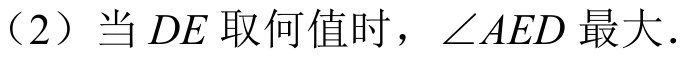
（2）当 \(DE\) 取何值时，\(\angle AED\) 最大．